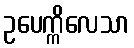
ဥပေက္ကိလေသာ